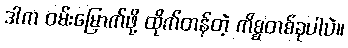
ဒါက ဝမ်းမြောက်ဖို့ ထိုက်တန်တဲ့ ကိစ္စတစ်ခုပါပဲ။